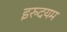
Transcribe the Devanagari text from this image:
इरुदयम